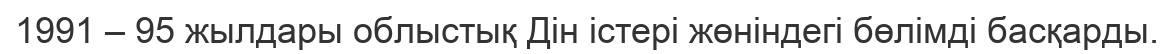
1991 – 95 жылдары облыстық Дін істері жөніндегі бөлімді басқарды.